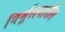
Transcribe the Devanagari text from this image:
निर्मूलनातील